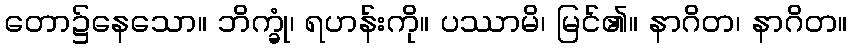
တော၌နေသော။ ဘိက္ခုံ၊ ရဟန်းကို။ ပဿာမိ၊ မြင်၏။ နာဂိတ၊ နာဂိတ။